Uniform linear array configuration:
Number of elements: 48
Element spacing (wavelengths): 0.75
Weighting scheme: blackman
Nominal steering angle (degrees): -30
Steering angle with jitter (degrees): -31.373
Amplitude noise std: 0.05
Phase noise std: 0.05

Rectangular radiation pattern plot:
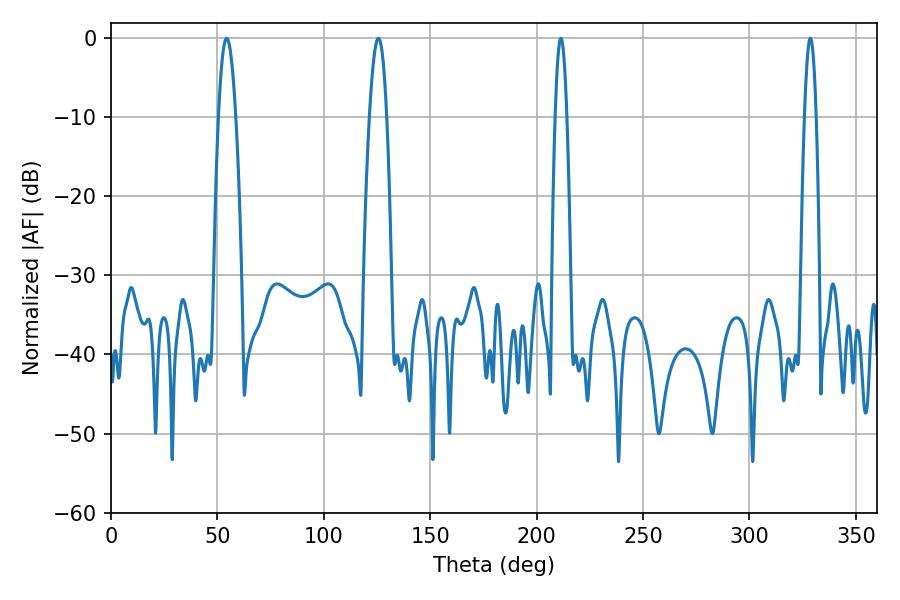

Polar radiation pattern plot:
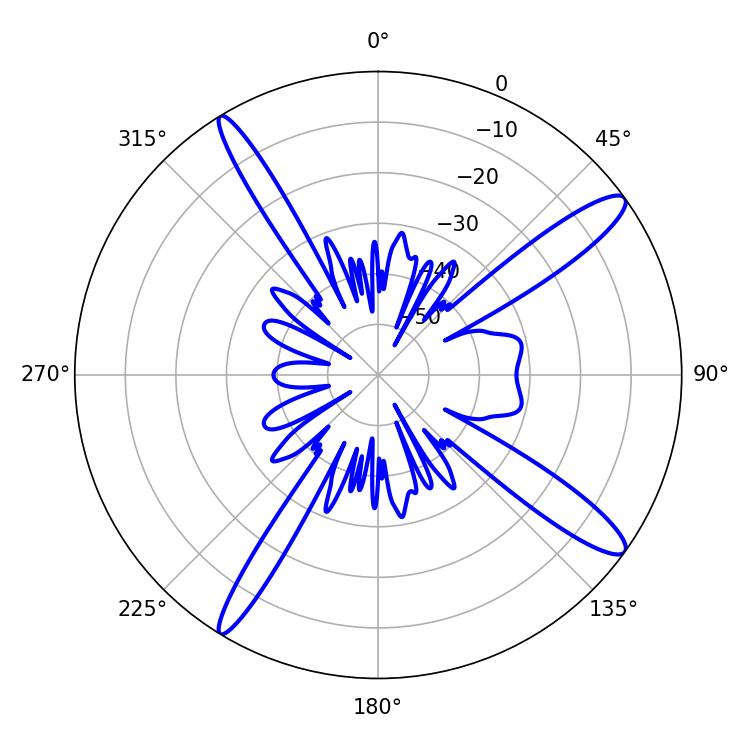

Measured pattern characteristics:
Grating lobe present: TRUE
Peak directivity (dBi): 14.108
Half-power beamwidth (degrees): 4.5
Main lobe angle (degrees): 54.36